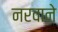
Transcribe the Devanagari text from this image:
नरवाने